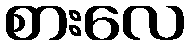
စားလေ